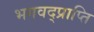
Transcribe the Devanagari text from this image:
भगवद्प्राप्ति